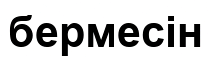
бермесін